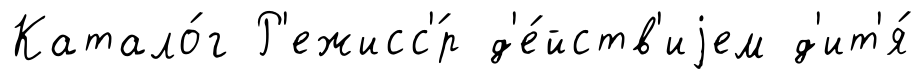
Катало́г Р'ежисс'́р д'е́йств'иjем д'ит'я́